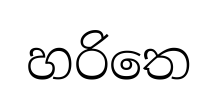
හරිතෙ